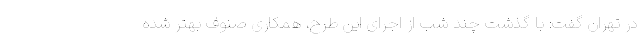
در تهران گفت: با گذشت چند شب از اجرای این طرح، همکاری صنوف بهتر شده